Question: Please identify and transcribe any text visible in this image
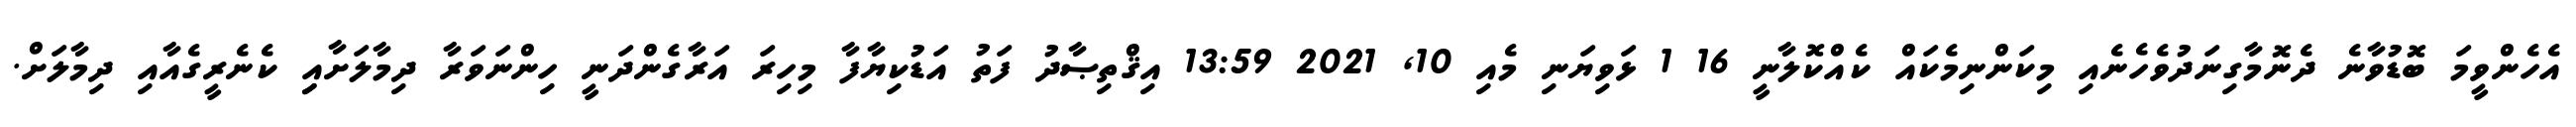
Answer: އެހެންވީމަ ބޮޑުވާނެ ދެނޮމާގިނަދުވެހެނެއި މިކަންނިމެކައް ކެއްކޮލާނީ 16 1 ޅަވިޔަނި މެއި 10, 2021 13:59 އިޤްތިޞާދު ފަތު އަޑުކިޔާފާ މިހިރަ އަރާގެންދަނީ ހިންނަވަރާ ދިމާލަށާއިި ކެނެރީގެއާއި ދިމާލަށް.